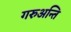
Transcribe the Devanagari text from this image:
गरुअन्ति